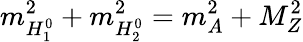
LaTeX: m_{H_{1}^{0}}^{2}+m_{H_{2}^{0}}^{2}=m_{A}^{2}+M_{Z}^{2}